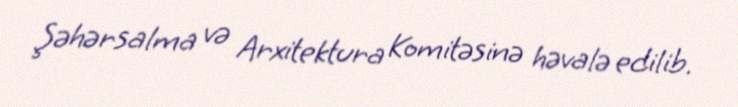
Şəhərsalma və Arxitektura Komitəsinə həvalə edilib.